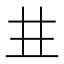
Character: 𠀎